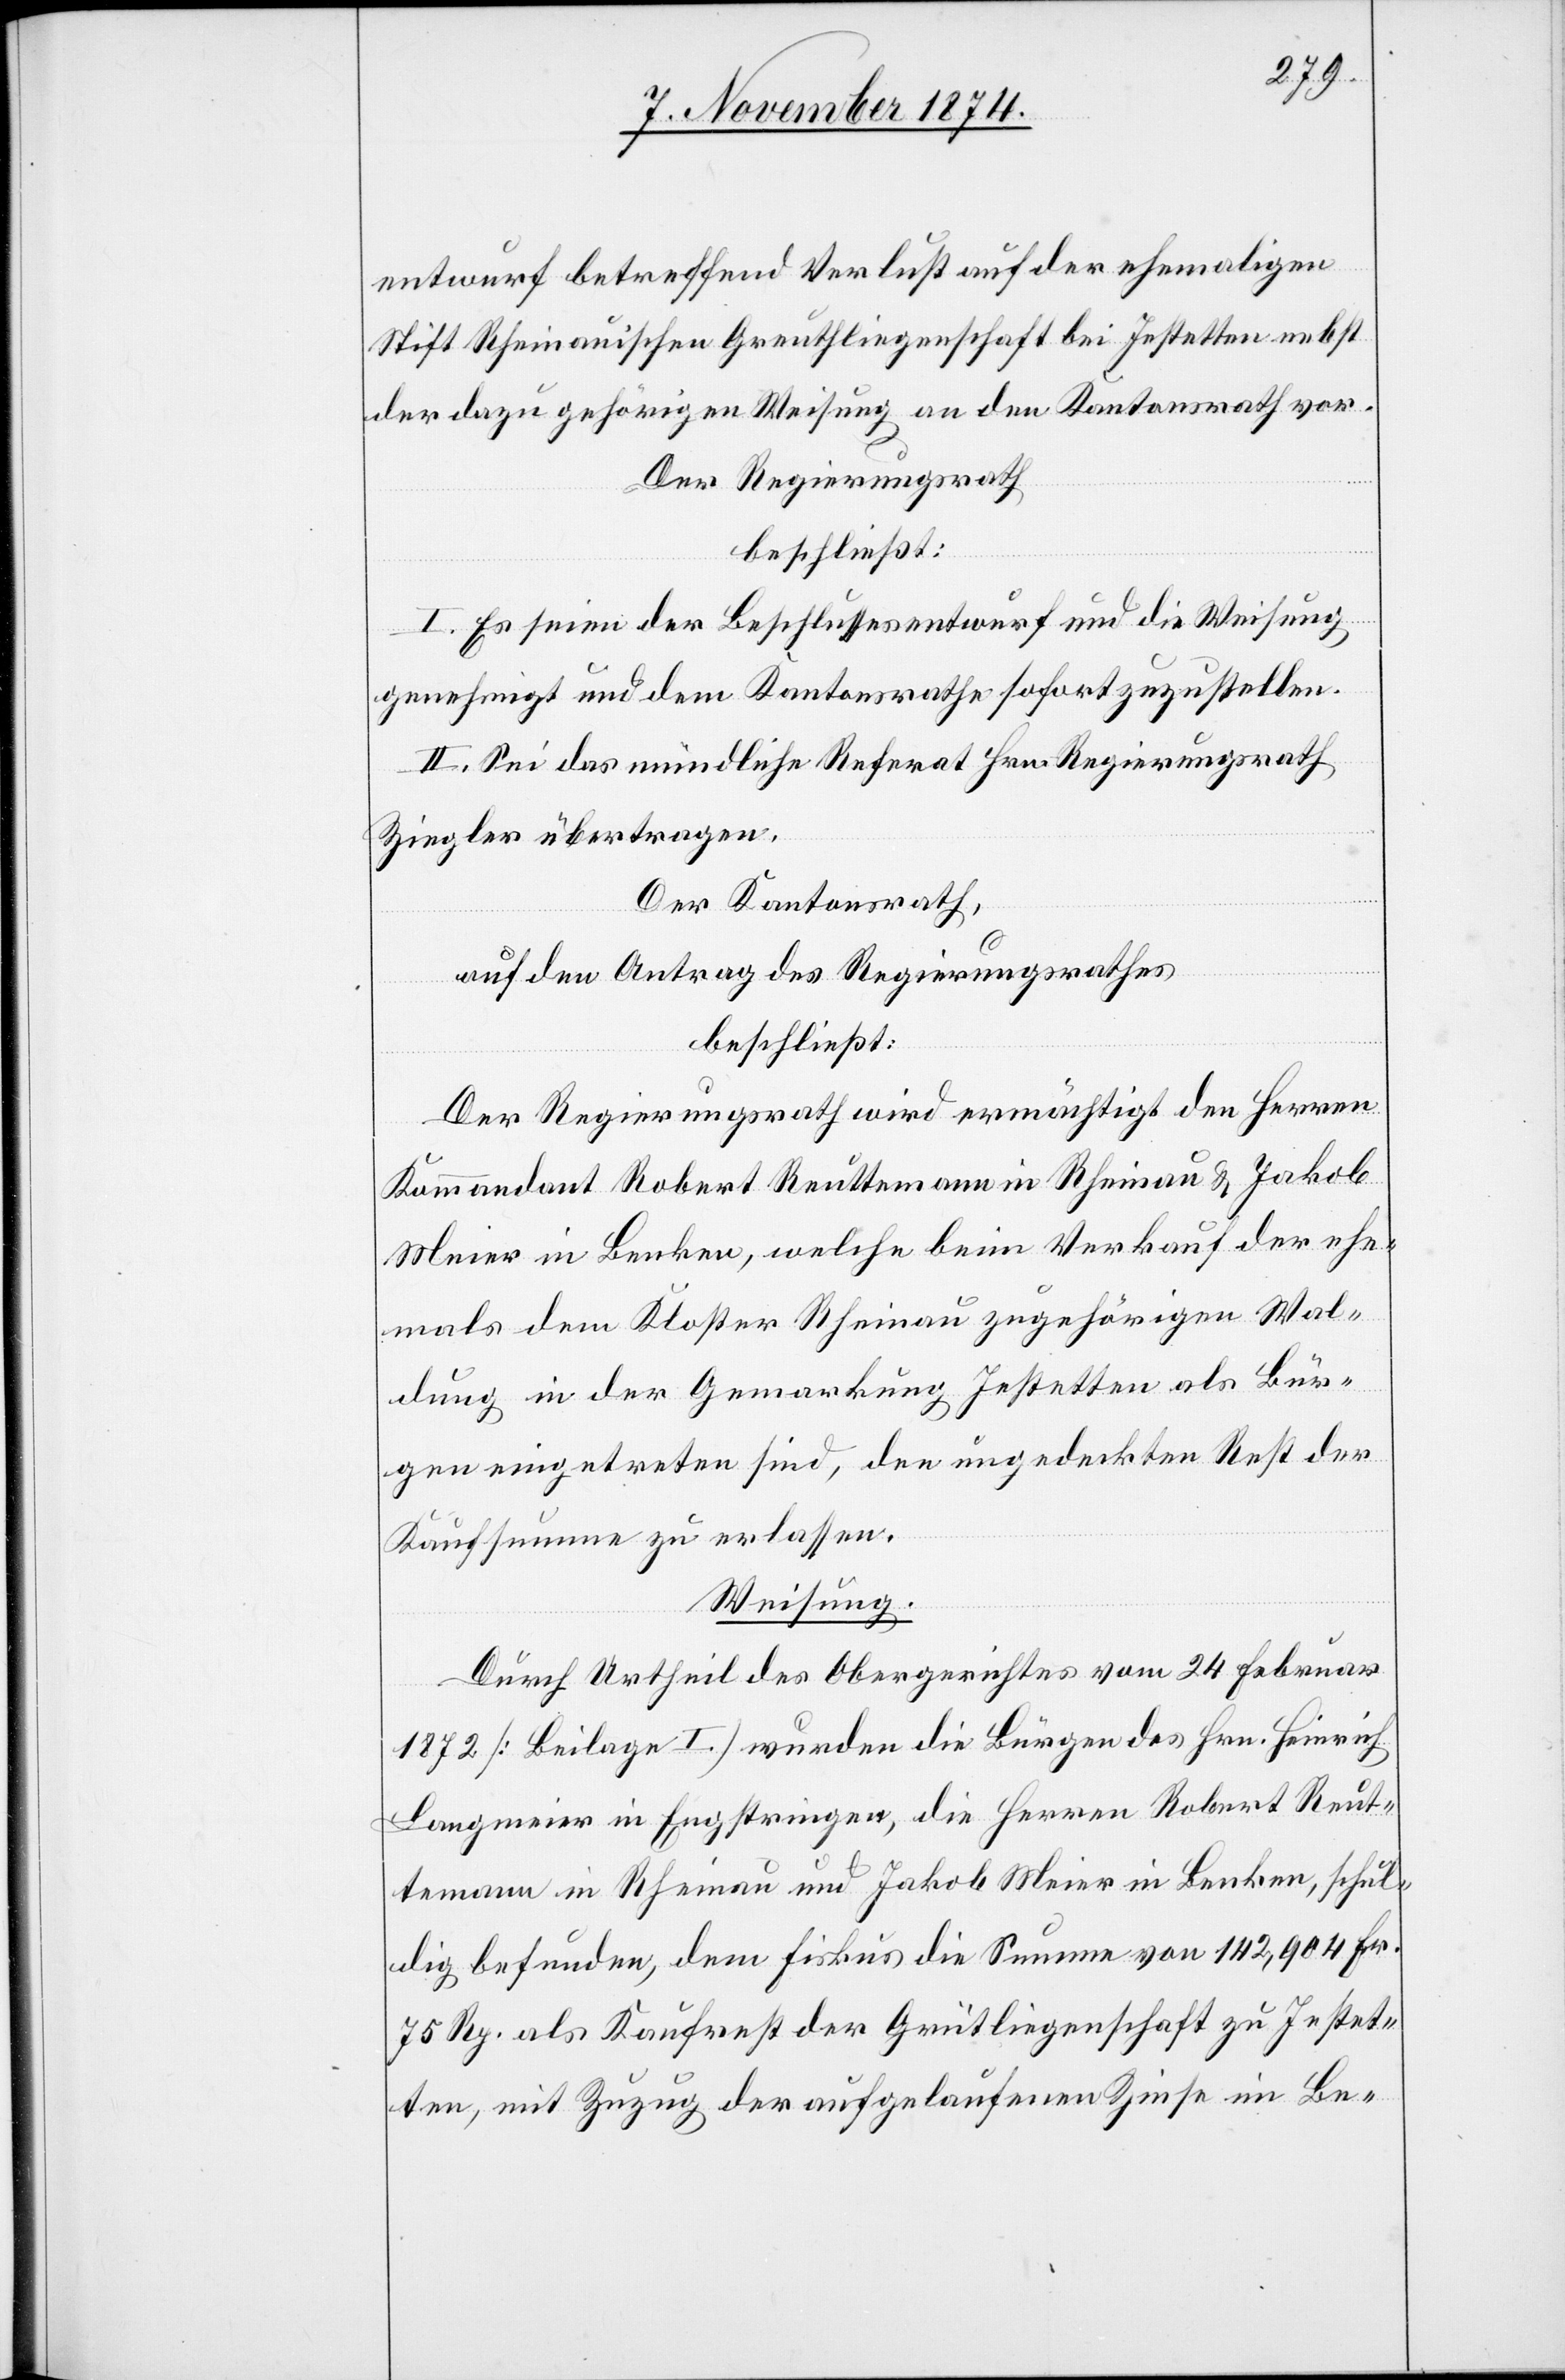
entwurf betreffend Verlust auf der ehemaligen
Stift Rheinauischen Greuthliegenschaft bei Jestetten nebst
der dazu gehörigen Weisung an den Kantonsrath vor.
Der Regierungsrath
beschließt:
I. Es seien der Beschlussesentwurf und die Weisung
genehmigt und dem Kantonsrathe sofort zuzustellen.
II. Sei das mündliche Referat Hrn. Regierungsrath
Ziegler übertragen.
Der Kantonsrath,
auf den Antrag des Regierungsrathes
beschließt:
Der Regierungsrath wird ermächtigt den Herren
Kommandant Robert Reuttemann in Rheinau & Jakob
Meier in Benken, welche beim Verkauf der ehe¬
mals dem Kloster Rheinau zugehörigen Wal¬
dung in der Gemarkung Jestetten als Bür¬
gen eingetreten sind, den ungedeckten Rest der
Kaufsumme zu erlassen.
Weisung.
Durch Urtheil des Obergerichtes vom 24. Februar
1872 [Beilage I] wurden die Bürgen des Hrn. Heinrich
Langmeier in Engstringen, die Herren Robert Reut¬
temann in Rheinau und Jakob Meier in Benken, schul¬
dig befunden, dem Fiskus die Summe von 142,904 Fr.
75 Rp. als Kaufrest der Grütliegenschaft [sic!] zu Jestet¬
ten, mit Zuzug der aufgelaufenen Zinse im Be-